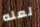
لعله